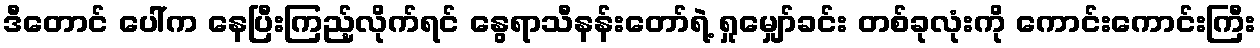
ဒီတောင် ပေါ်က နေပြီးကြည့်လိုက်ရင် နွေရာသီနန်းတော်ရဲ့ ရှုမျှော်ခင်း တစ်ခုလုံးကို ကောင်းကောင်းကြီး